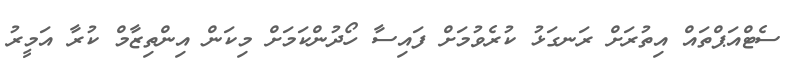
ސެޓްއަޕްތައް އިތުރަަށް ރަނގަޅު ކުރެވުމަށް ފައިސާ ހޯދުންކަމަށް މިކަން އިންތިޒާމް ކުރާ އަމީރު